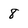
Character: 8